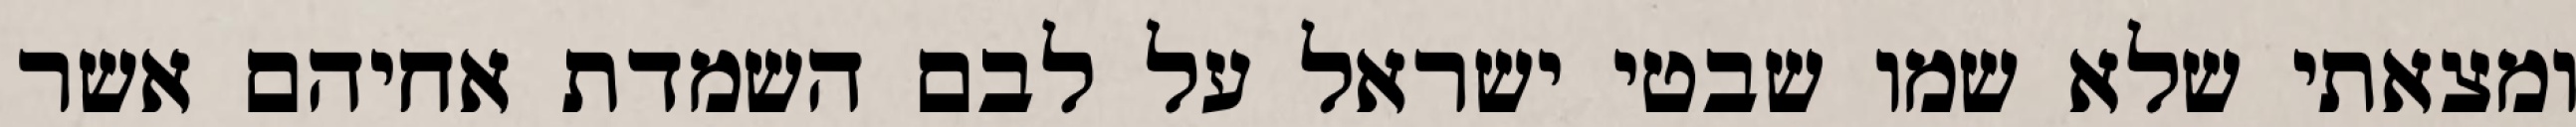
ומצאתי שלא שמו שבטי ישראל על לבם השמדת אחיהם אשר